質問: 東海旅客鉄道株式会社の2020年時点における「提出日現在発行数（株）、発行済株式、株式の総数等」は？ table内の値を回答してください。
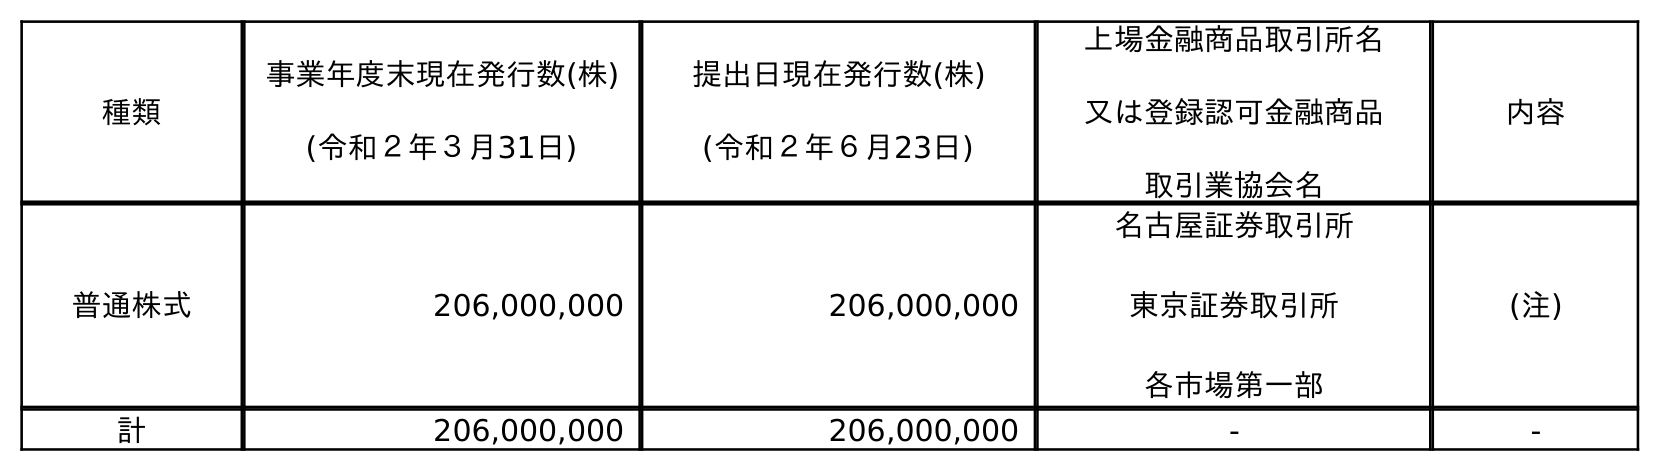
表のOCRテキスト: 種類 事業年度末現在発行数(株) (令和２年３月31日) 提出日現在発行数(株) (令和２年６月23日) 上場金融商品取引所名 又は登録認可金融商品 取引業協会名 内容 普通株式 206,000,000 206,000,000 名古屋証券取引所 東京証券取引所 各市場第一部 (注) 計 206,000,000 206,000,000 - -
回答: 206,000,000